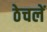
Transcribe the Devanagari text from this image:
ठेचलें